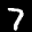
Label: 7